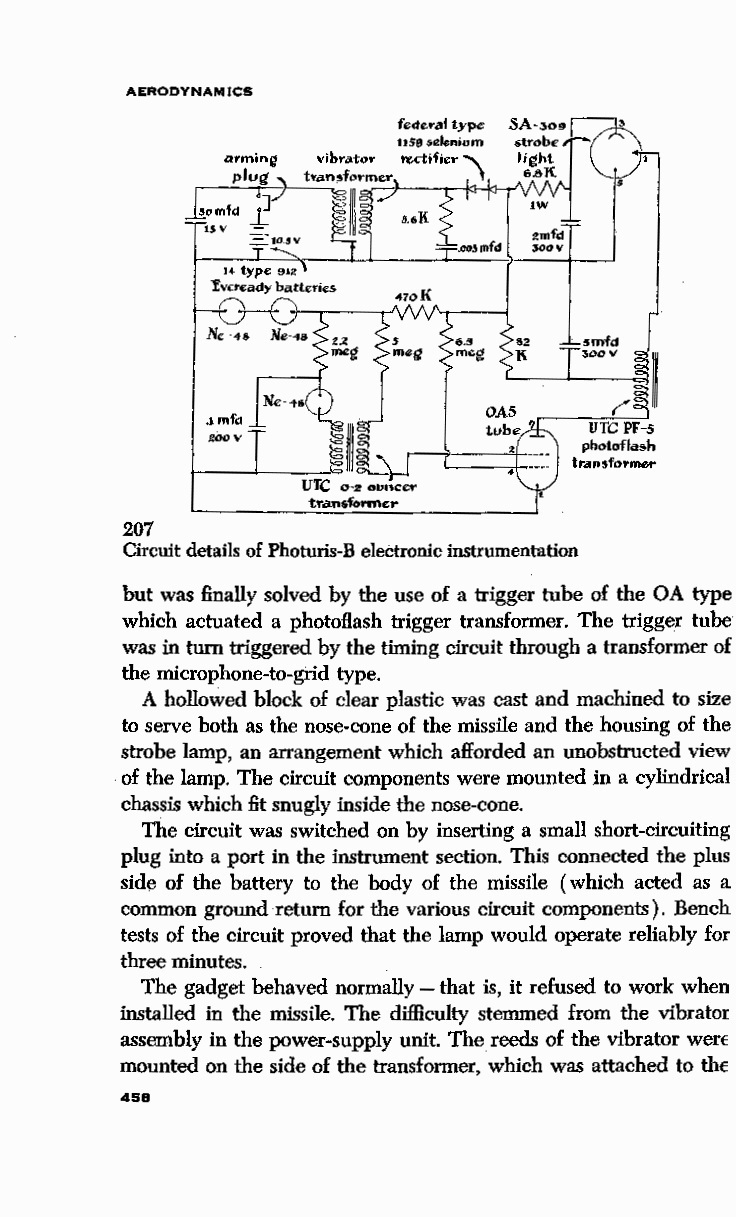
AERODYNAMICS
 207
 Circuit details of Photuris-B electronic instrumentation
 but was finally solved by the use of a trigger tube of the OA type
 which actuated a photoflash trigger transformer. The trigger tube
 was in turn triggered by the timing circuit through a transformer of
 the microphone-to-grid type.
 A hollowed block of clear plastic was cast and machined to size
 to serve both as the nose-cone of the missile and the housing of the
 strobe lamp, an arrangement which afforded an unobstructed view
 of the lamp. The circuit components were mounted in a cylindrical
 chassis which fit snugly inside the nose-cone.
 The circuit was switched on by inserting a small short-circuiting
 plug into a port in the instrument section. This connected the plus
 side of the battery to the body of the missile ( which acted as a
 common ground return for the various circuit components). Bench
 tests of the circuit proved that the lamp would operate reliably for
 three minutes.
 The gadget behaved normally - that is, it refused to work when
 installed in the missile. The difficulty stemmed from the vibratm
 assembly in the power-supply unit. The reeds of the vibrator wen
 mounted on the side of the transformer, which was attached to th €
 458